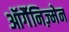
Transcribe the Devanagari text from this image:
ऑर्गैनिज़्मेन